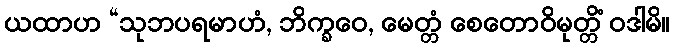
ယထာဟ “သုဘပရမာဟံ, ဘိက္ခဝေ, မေတ္တံ စေတောဝိမုတ္တိံ ဝဒါမိ။